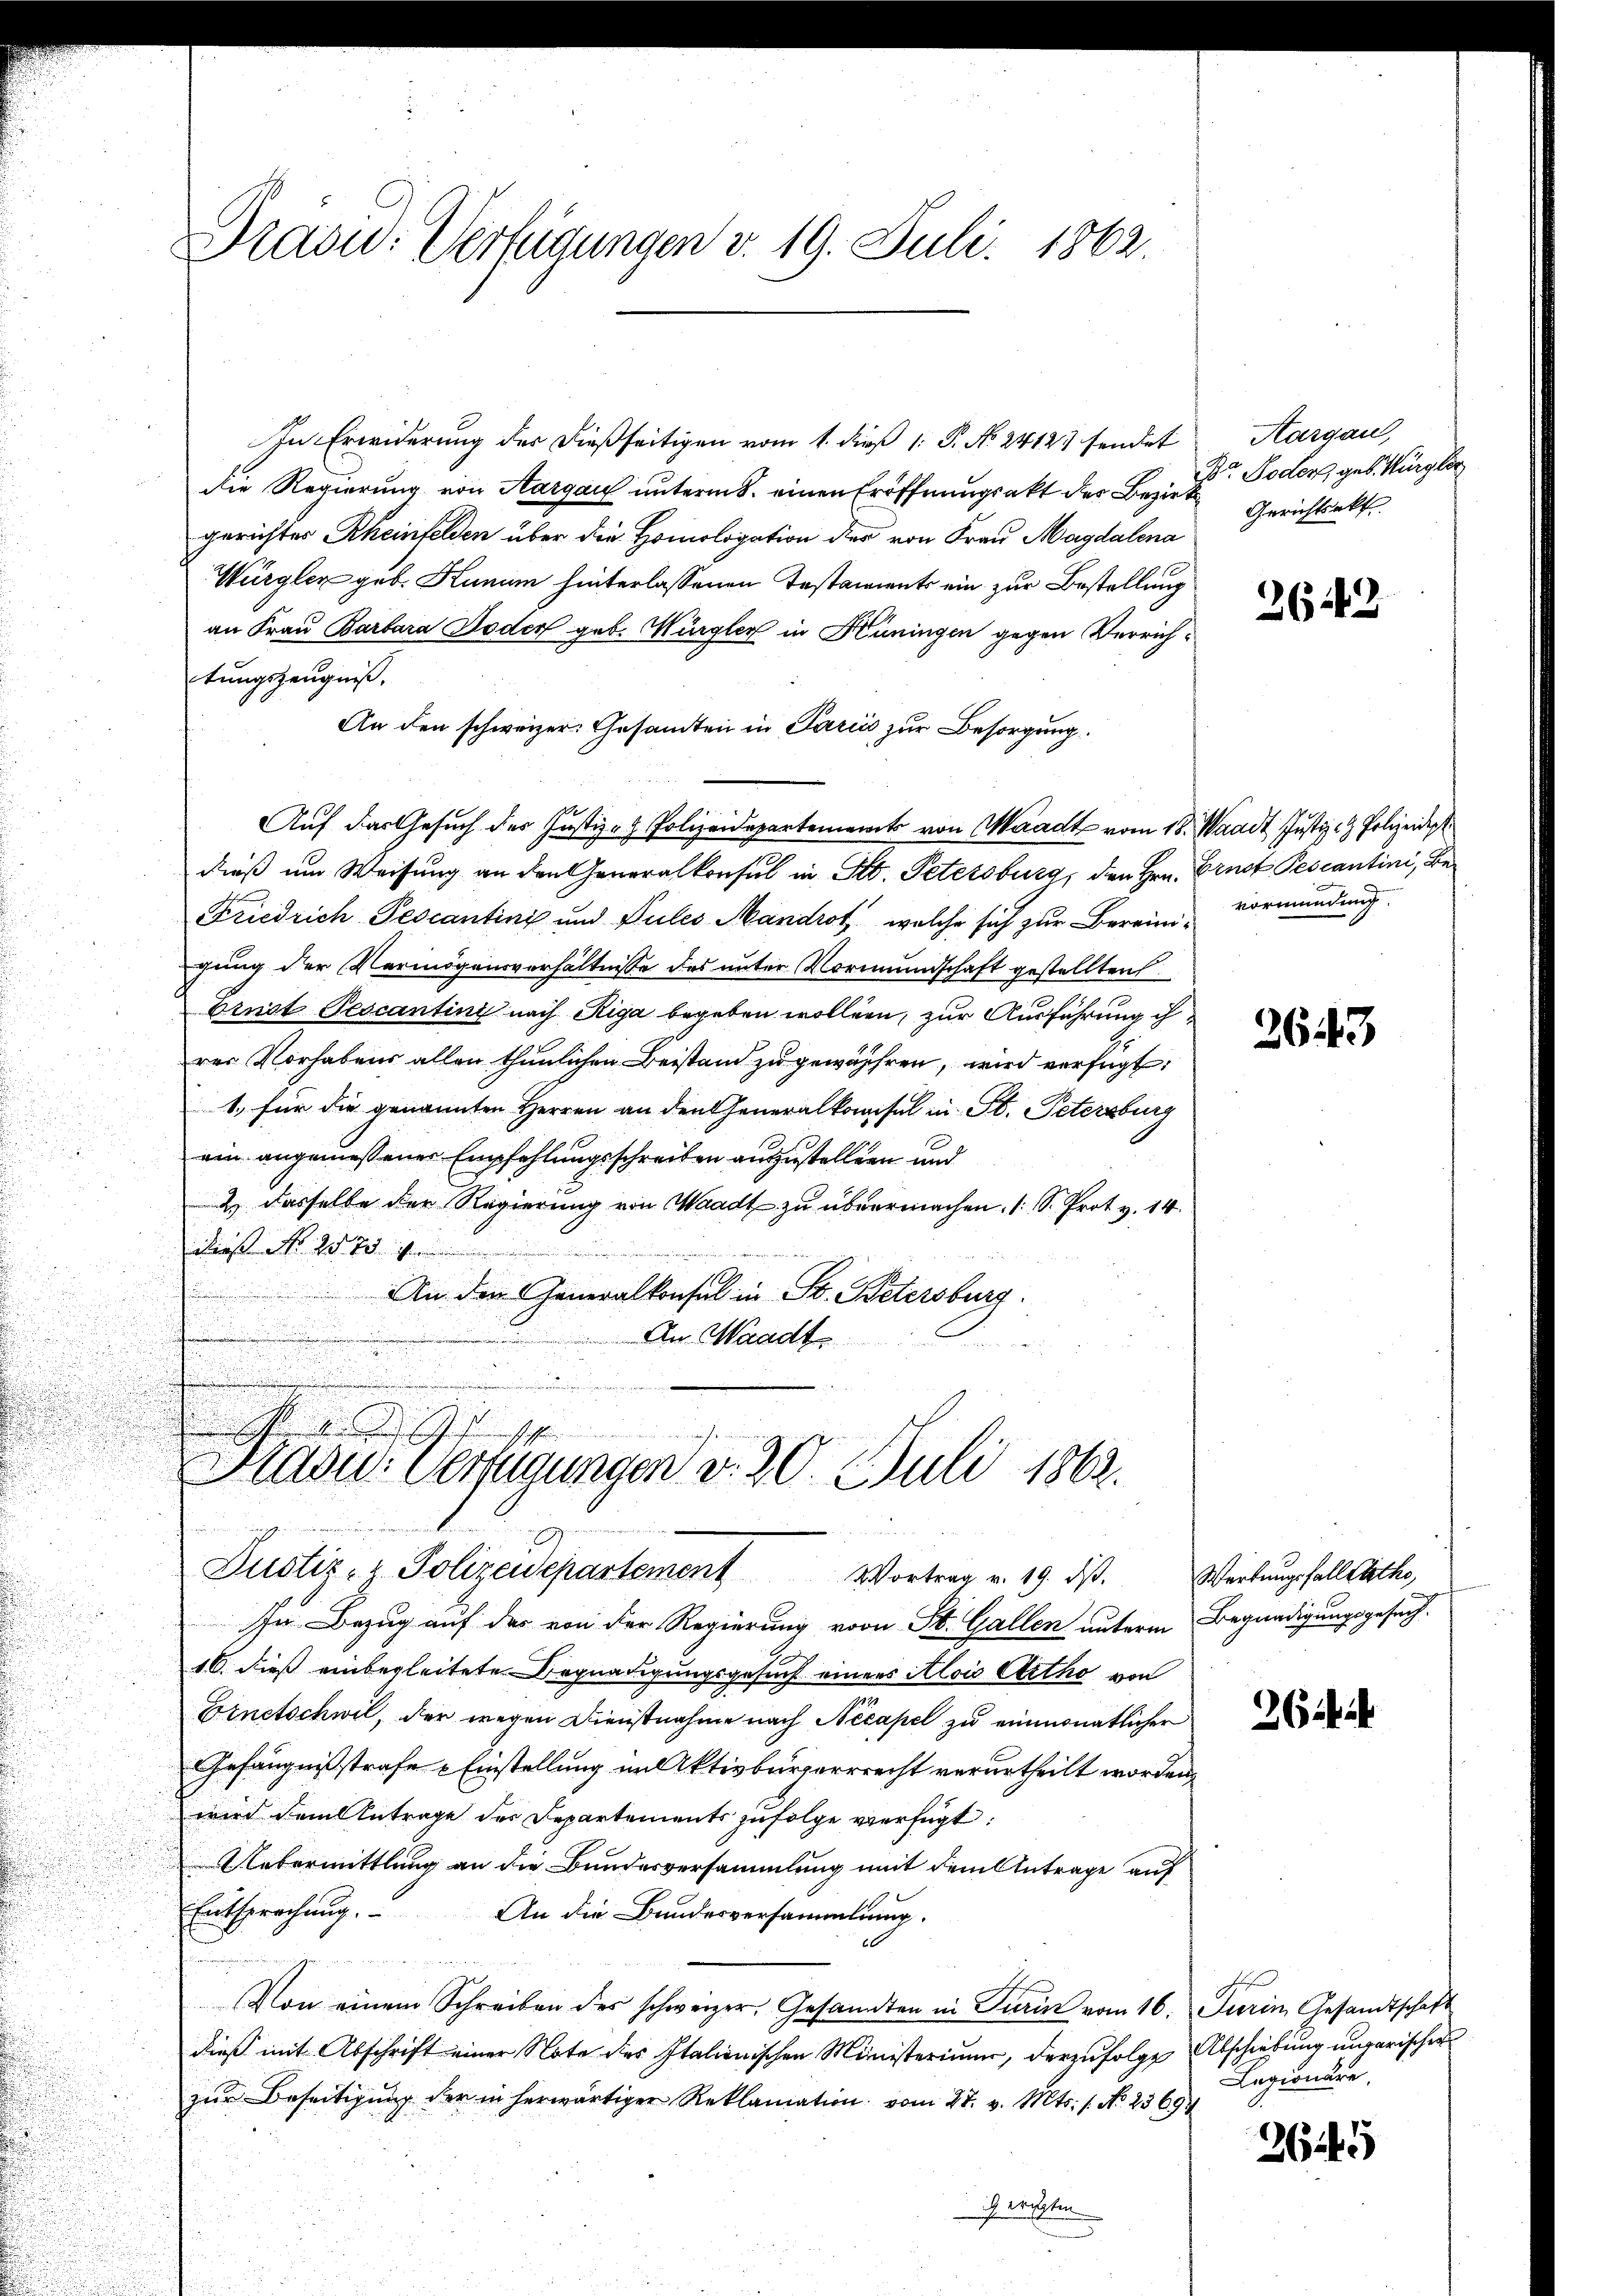
In Erwiderung der dießseitigen vom 1. dieß 1: P. No. 2412 sendet
die Regierung von Aargau unterm 8. einen Eröffnungsakt der Bezirk
gerichtes Rheinfelden über die Homologation der von Frau Magdalena
Würgler geb. Hunum hinterlassenen Testaments ein zur Bestellung
an Frau Barbara Doder geb. Würgler in Hüningen gegen Verrichtungszeugniß.
An den schweizer. Gesandten in Parii zur Besorgung
Auf das Gesuch des Justiz- & Polizeidepartement von Waadt vom 18. Waadt Justiz- & Polizeidisch
dieß um Weisung an den Generalkonsul in St. Petersburg, den Hrn. Ernst Pescantini, Be¬
Friedrich Pescantini und Sules Mandrot, welche sich zur Berein Vormündung.
gung der Vermögensverhältnisse des unter Vormundschaft gestellten
Brust-Pescantini nach Riga begeben wollen, zur Ausführung ihrer Vorhabens allen thunlichen Beistand zu gewähren, wird verfügt:
1. für die genannten Herren an den Generalkomisel in St. Petersburg
ein angemessener Empfehlungsschreiben aufzustellen und
2 dasselbe der Regierung von Waadt zu übermachen. (S. Prot v. 14.
des N. 2570.
An den Generalkonsul in St. Petersburg.
An Waadt

Präsid.: Verfügungen d. 30. Juli 1862.
Justiz- & Polizeidepartement
Vortrag v. 19. dβ. Werbungsfallerathe,
In Bezug auf das von der Regierung von St. Gallen unterm Begnadigungsgesuch.
16. dieß einbegleitete Begnadigungsgesuch eines Alois Arthe von
Ernetschwil, der wegen Dienstnahme nach Necapel zu einmonatlicher
Gefängnißstrafe - Einstellung im Aktivbürgerrrecht verurtheilt worden,
wird dem Antrage des Departements zufolge verfügt:
Uebermittlung an die Bundesversammlung mit dem Antrage auf
Entsprechung. An die Bundesversammlung.
Von einem Schreiben des schweizer, Gesandten in Turin vom 16. Jurin Gesandtschaft
dieß mit Abschrift einer Note des Italienischen Ministerium, derzufolge Abschiebung ungarischen
zŭr Beseitigung der in herwärtiger Reklamation vom 27. v. Mts. 1. No. 23694
Gerichten

Drasu: Verfügungen v. 19. Juli 1862.

Kargau,
Dr Todor geb. Bürger
Gerichtsakt

2642

2643

2ii

Legionäre.

2645